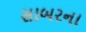
સાબરના